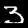
Digit: 3